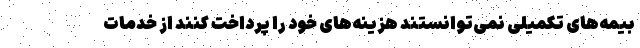
بیمه‌های تکمیلی نمی‌توانستند هزینه‌های خود را پرداخت کنند از خدمات